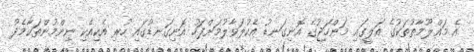
އެ މަޢްލޫމާތުތަކުގެ އަލީގައި މަންހަޖުގެ އޮނިގަނޑު އެކުލަވާލުމަށްފަހު އޮނިގަނޑުގައި ހުރި އެކިއެކި ނިންމުންތަކާމެދު